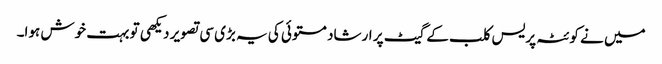
میں نے کوئٹہ پریس کلب کے گیٹ پر ارشاد مستوئی کی یہ بڑی سی تصویر دیکھی تو بہت خوش ہوا۔